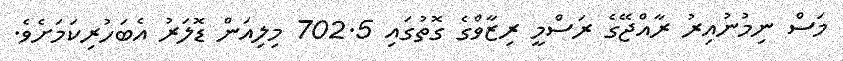
މަސް ނިމުނުއިރު ރާއްޖޭގެ ރަސްމީ ރިޒާވްގެ ގޮތުގައި 702.5 މިލިއަން ޑޮލަރު އެބަހުރިކަމަށެވެ.